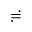
\risingdotseq